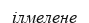
ілмелене